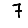
Digit: 7